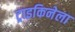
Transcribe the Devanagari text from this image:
ट्राइकिनेला